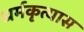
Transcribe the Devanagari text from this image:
धर्मकृत्यास